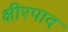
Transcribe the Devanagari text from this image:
क्षीरपाद